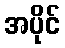
အပိုင်